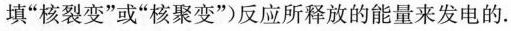
填”核裂变”或”核聚变”)反应所释放的能量来发电的。